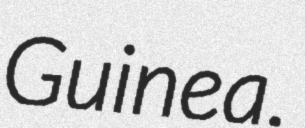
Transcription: Guinea.